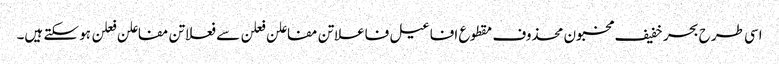
اسی طرح بحر خفیف مخبون محذوف مقطوع افاعیل فاعلاتن مفاعلن فعلن سے فعلاتن مفاعلن فعلن ہو سکتے ہیں۔